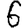
Digit: 6